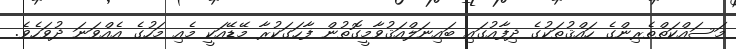
މަސައްކަތްތެރިންގެ ހައްޤުތަކުގެ ދިފާއުގައި ބައިނަލްއަޤުވާމީގޮތުން ފާހަގަކުރާ މޭޑޭއަކީ މެއި މަހުގެ އެއްވަނަ ދުވަހެވެ.